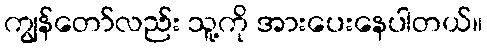
ကျွန်တော်လည်း သူ့ကို အားပေးနေပါတယ်။